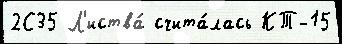
2С35 Л'иства́ счита́лась КТ-15